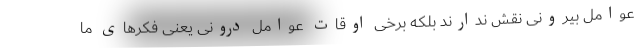
عوامل بیرونی نقش ندارند بلکه برخی اوقات عوامل درونی یعنی فکرهای ما